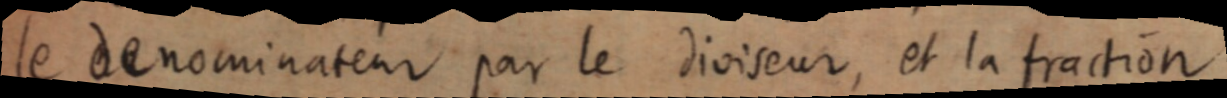
le denominateur par le diviseur, et la fraction